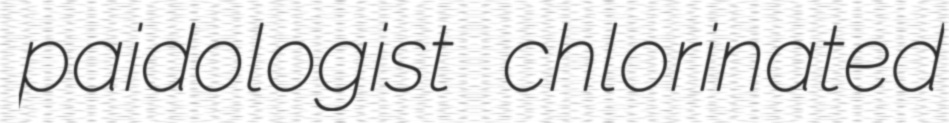
paidologist chlorinated